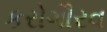
કરોગૌરવ